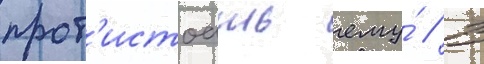
прот'истоать ему́ // В